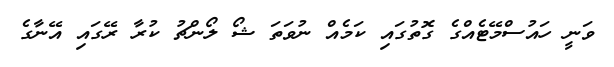
ވަނީ ހައުސްމޭޓެއްގެ ގޮތުގައި ކަމެއް ނުވަތަ ޝޯ ލޯންޗު ކުރާ ރޭގައި އޭނާގެ